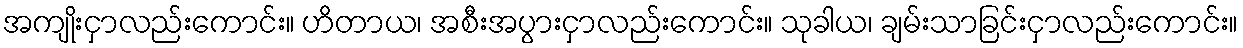
အကျိုးငှာလည်းကောင်း။ ဟိတာယ၊ အစီးအပွားငှာလည်းကောင်း။ သုခါယ၊ ချမ်းသာခြင်းငှာလည်းကောင်း။